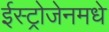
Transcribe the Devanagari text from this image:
ईस्ट्रोजेनमधे